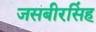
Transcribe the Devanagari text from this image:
जसबीरसिंह